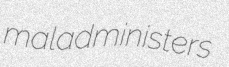
maladministers